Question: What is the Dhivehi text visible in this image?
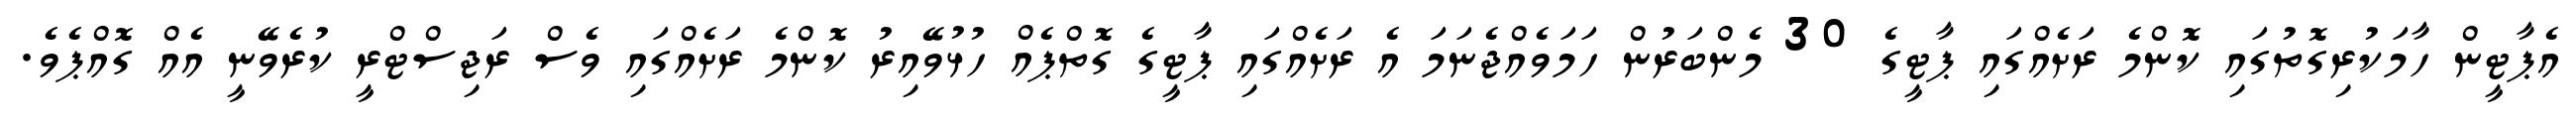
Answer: އެޕާޓީން ހާމަކުރިގޮތުގައި ކޮންމެ ރަށެއްގައި ޕާޓީގެ 30 މެންބަރުން ހަމަވެއްޖެނަމަ އެ ރަށެއްގައި ޕާޓީގެ ގޮތްޕެއް ހުޅުވޭއިރު ކޮންމެ ރަށެއްގައި ވެސް ރަޖިސްޓްރީ ކުރެވޭނީ އެއް ގޮއްޕެވެ.